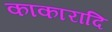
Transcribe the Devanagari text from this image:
काकारादि